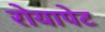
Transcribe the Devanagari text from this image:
रोयापेट